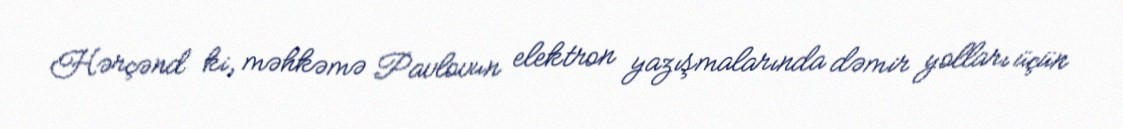
Hərçənd ki, məhkəmə Pavlovun elektron yazışmalarında dəmir yolları üçün